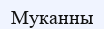
Муканны